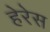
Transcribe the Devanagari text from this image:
हेरेस